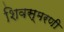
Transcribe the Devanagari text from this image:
शिवस्मरणी